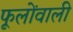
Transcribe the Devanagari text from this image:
फूलोंवाली